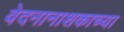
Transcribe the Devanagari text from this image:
वेदनानाशकाच्या